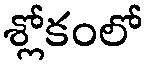
శ్లోకంలో